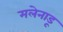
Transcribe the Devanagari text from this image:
मलेनाडू